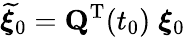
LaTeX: \widetilde{{\boldsymbol\xi}}_{0}={\mathbf Q}^{{\mathrm T}}(t_{0})\; {\boldsymbol\xi}_{0}